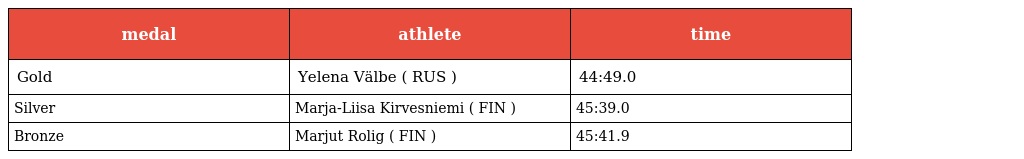
| medal | athlete | time |
 | --- | --- | --- |
 | Gold | Yelena Välbe ( RUS ) | 44:49.0 |
 | Silver | Marja-Liisa Kirvesniemi ( FIN ) | 45:39.0 |
 | Bronze | Marjut Rolig ( FIN ) | 45:41.9 |